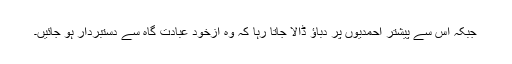
جبکہ اس سے پیشتر احمدیوں پر دباؤ ڈالا جاتا رہا کہ وہ ازخود عبادت گاہ سے دستبردار ہو جائیں۔